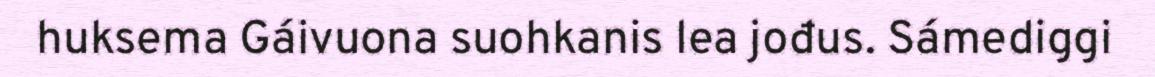
huksema Gáivuona suohkanis lea jođus. Sámediggi